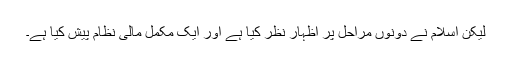
ليکن اسلام نے دونوں مراحل پر اظہار نظر کيا ہے اور ايک مکمل مالى نظام پيش کيا ہے۔